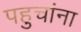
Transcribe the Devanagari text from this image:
पहुचांना